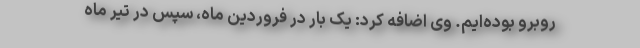
روبرو بوده‌ایم. وی اضافه کرد: یک بار در فروردین ماه، سپس در تیر ماه